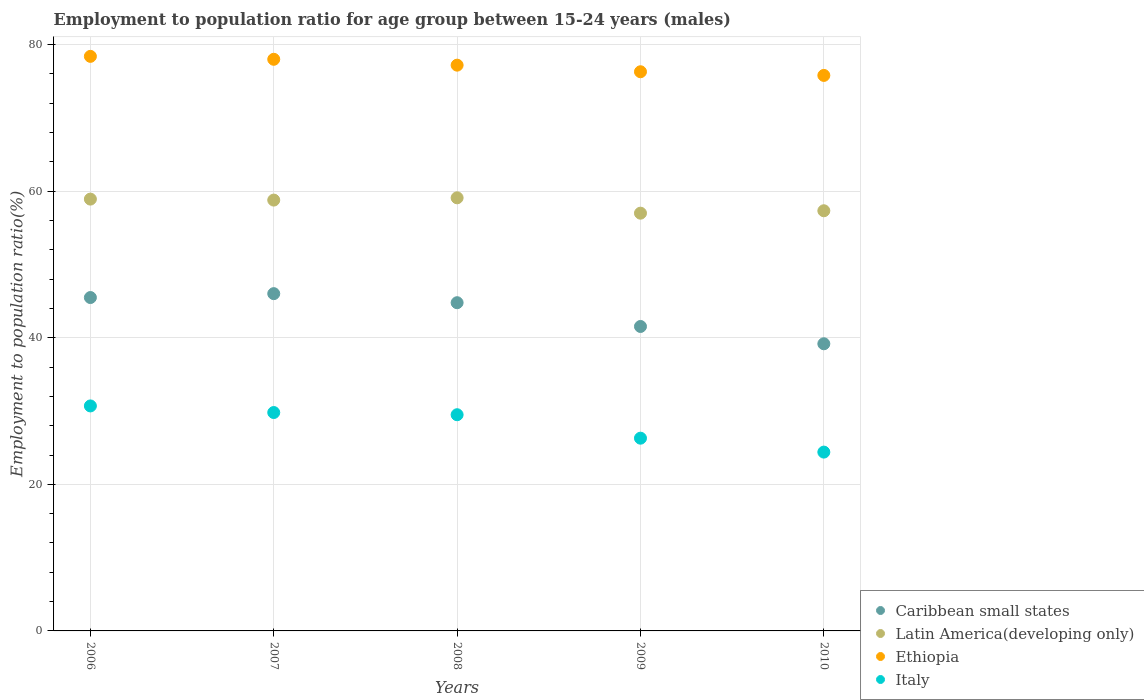
| Years | Caribbean small states | Latin America(developing only) | Ethiopia | Italy |
 | --- | --- | --- | --- | --- |
 | 2006 | 45.5 | 58.9 | 78.4 | 30.7 |
 | 2007 | 46 | 58.8 | 78 | 29.8 |
 | 2008 | 44.8 | 59.1 | 77.2 | 29.5 |
 | 2009 | 41.5 | 57 | 76.3 | 26.3 |
 | 2010 | 39.2 | 57.3 | 75.8 | 24.4 |